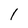
Character: 1